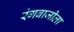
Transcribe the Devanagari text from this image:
रंगबाजीला